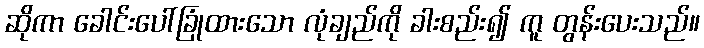
ဆိုကာ ခေါင်းပေါ်ခြုံထားသော လုံချည်ကို ခါးစည်း၍ ကူ တွန်းပေးသည်။